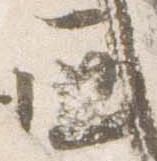
西